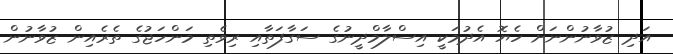
އަދި ޒުވާނުންނަށް ހެޔޮ އެދުމަކީ އިސްލާމްދީނުގެ ސަގާފަތާއި ރިވެތި މަންހަޖުގެ ތެރެއިން ޒުވާނުން